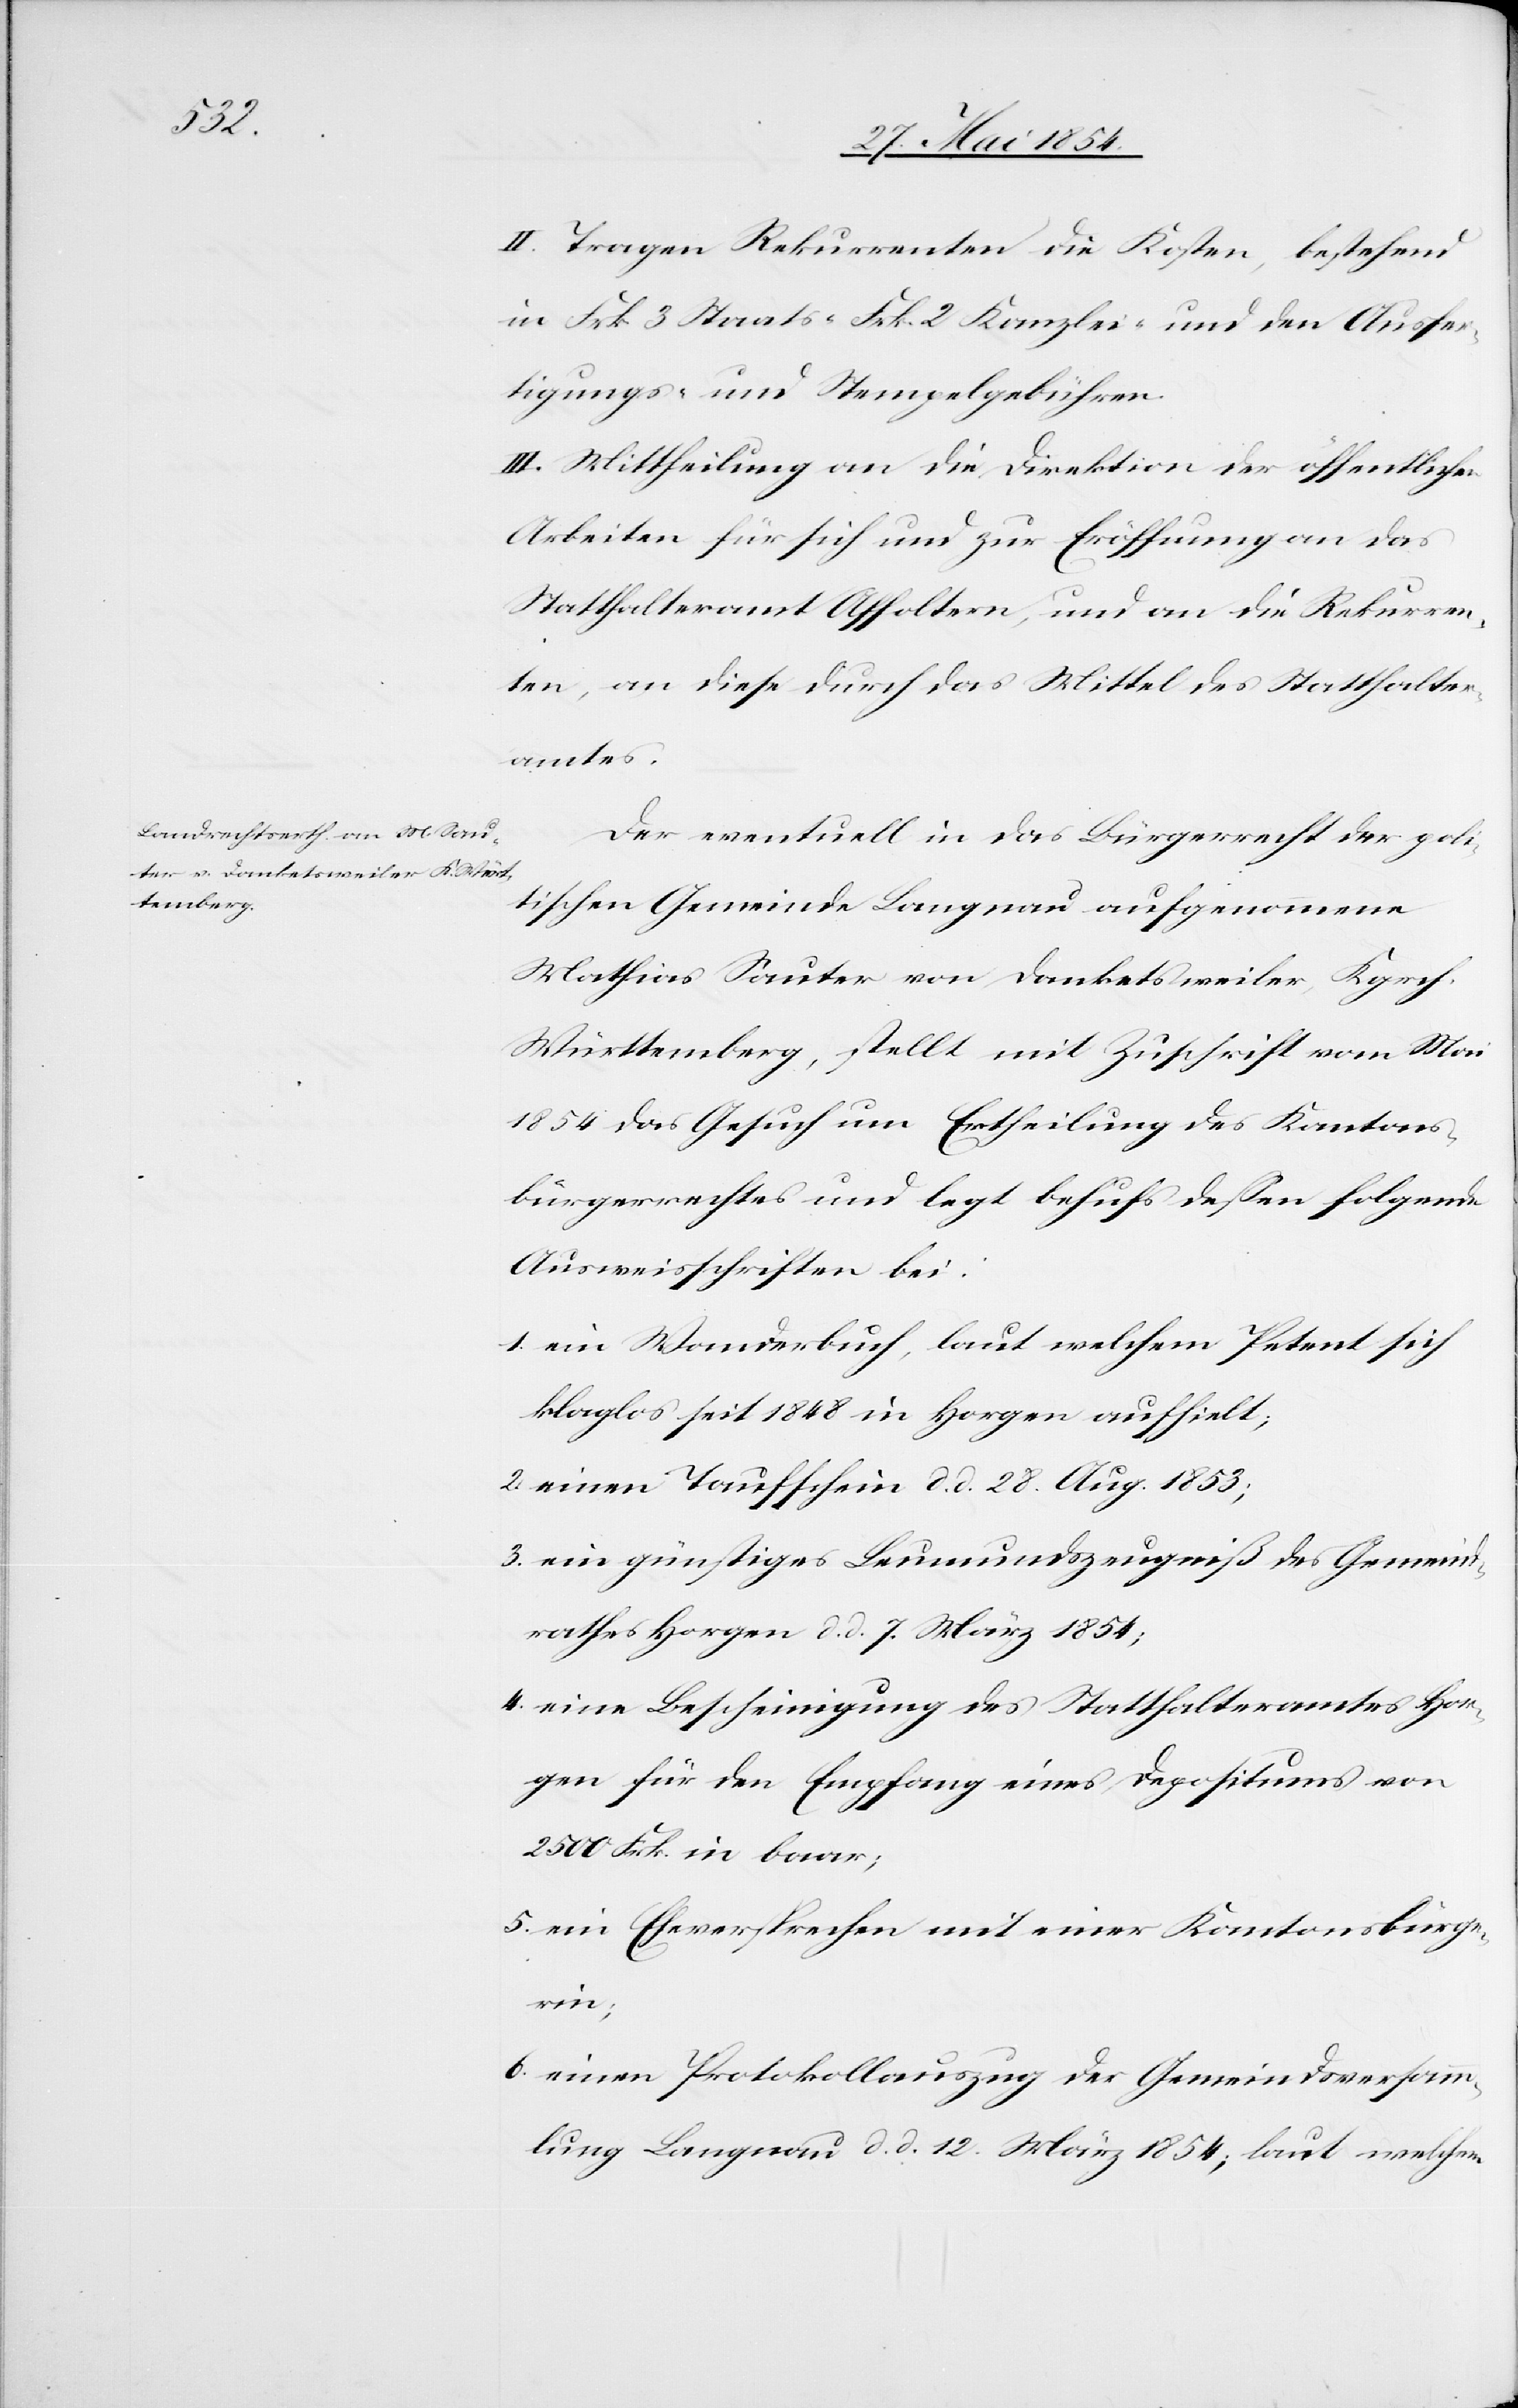
II. Tragen Rekurrenten die Kosten, bestehend
in Frk. 3 Staats-[,] Frk. 2 Kanzlei- und den Ausfer¬
tigungs- und Stempelgebühren.
III. Mittheilung an die Direktion der öffentlichen
Arbeiten für sich und zur Eröffnung an das
Statthalteramt Affoltern, und an die Rekurren¬
ten, an diese durch das Mittel des Statthalter¬
amtes.
Der eventuell in das Bürgerrecht der poli¬
tischen Gemeinde Langnau aufgenommene
Mathias Sauter von Danketsweiler, Kgrch.
Württemberg, stellt mit Zuschrift vom Mai
1854 das Gesuch um Erteilung des Kantons¬
bürgerrechtes und legt behufs deßen folgende
Ausweisschriften bei:
1. ein Wanderbuch, laut welchem Petent sich
klaglos seit 1848 in Horgen aufhielt;
2. einen Taufschein d. d. 28. Aug. 1853;
3. ein günstiges Leumundszeugniß des Gemeind¬
rathes Horgen d. d. 7. März 1854;
4. eine Bescheinigung des Statthalteramtes Hor¬
gen für den Empfang eines Depositums von
2500 Frk. in baar;
5. ein Eheversprechen mit einer Kantonsbürg¬
erin;
6. einen Protokollauszug der Gemeindsversamm¬
lung Langnau d. d. 12. März 1854; laut welchem